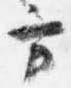
方